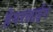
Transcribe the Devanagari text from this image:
हेयरलाईन